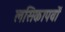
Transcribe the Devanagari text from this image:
लसिकापर्वों